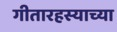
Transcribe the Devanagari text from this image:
गीतारहस्याच्या